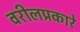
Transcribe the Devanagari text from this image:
वरीलप्रकारे